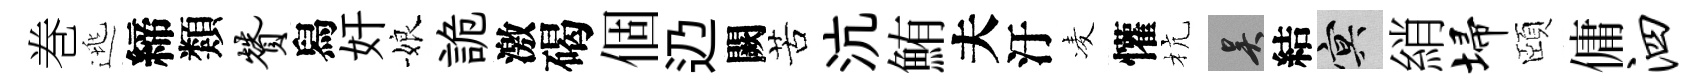
巻逃締類赞舄奸娘詭激碣個辸闕苦沆鮪夫汙凌懽杭吴結冥綃埽頤傭泗